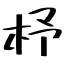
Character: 杼